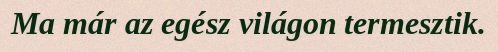
Ma már az egész világon termesztik.